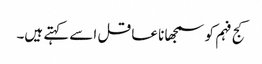
کج فہم کو سمجھا نا عاقل اسے کہتے ہیں۔